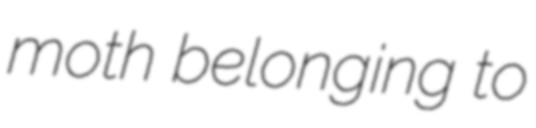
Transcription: moth belonging to